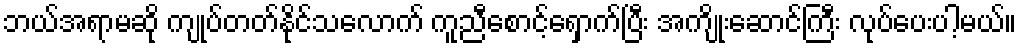
ဘယ်အရာမဆို ကျုပ်တတ်နိုင်သလောက် ကူညီစောင့်ရှောက်ပြီး အကျိုးဆောင်ကြီး လုပ်ပေးပါ့မယ်။